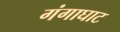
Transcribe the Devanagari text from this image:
गंगाघाट